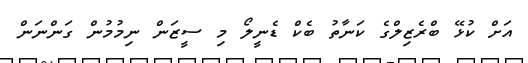
އަށް ކުޅޭ ބްރެޒިލްގެ ކަނާތު ބެކް ޑެނީލޯ މި ސީޒަން ނިމުމުން ގަންނަން